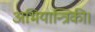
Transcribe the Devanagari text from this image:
अभियान्त्रिकी।